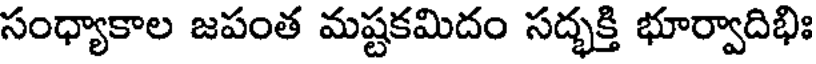
సంధ్యాకాల జపంత మష్టకమిదం సద్భక్తి భూర్వాదిభిః